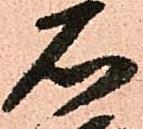
石